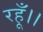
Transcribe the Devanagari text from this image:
रहूँ।।